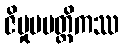
ဇိမှုပပတ္တိကဿ